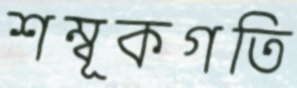
শম্বূকগতি